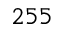
2 5 5